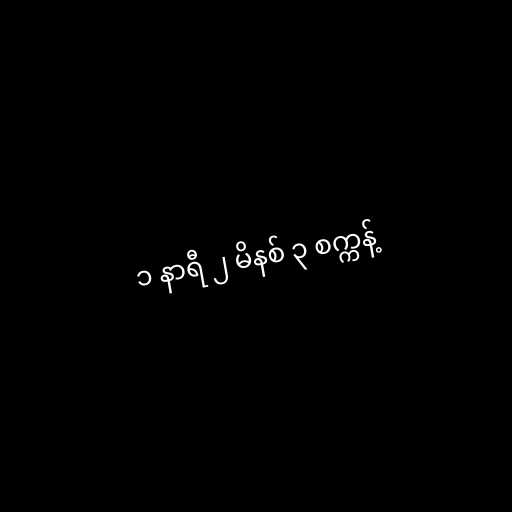
၁ နာရီ ၂ မိနစ် ၃ စက္ကန့်